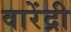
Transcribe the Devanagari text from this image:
वारेंद्री